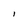
Character: i